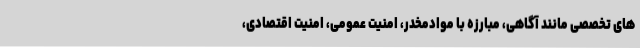
های تخصصی مانند آگاهی، مبارزه با موادمخدر، امنیت عمومی، امنیت اقتصادی،